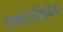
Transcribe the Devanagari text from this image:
एकोऽग्रिर्वर्ण